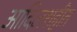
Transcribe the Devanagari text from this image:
आदिलशहीत